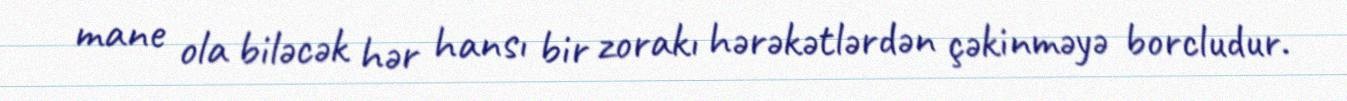
mane ola biləcək hər hansı bir zorakı hərəkətlərdən çəkinməyə borcludur.